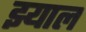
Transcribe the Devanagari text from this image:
झ्याल